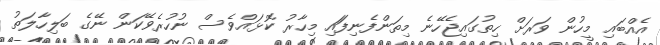
އެއްބައި މީހުން ވަރަށް ހިތުގައިޖެހޭނެ މިތަންފެނިފަައި މިހާރު ކޮޅައްވެސް ނުހުރެވޭކަން ނޭގެ ބަލިހާލަތު